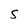
Character: S